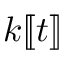
k [ \! [ t ] \! ]